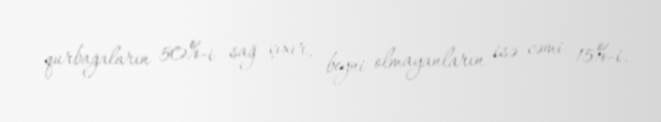
qurbağaların 50%-i sağ çıxır, beyni olmayanların isə cəmi 15%-i.